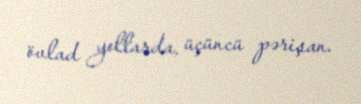
övlad yollarda, üçüncü pərişan.